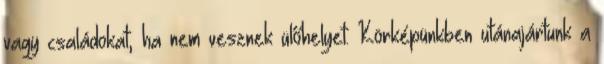
vagy családokat, ha nem vesznek ülőhelyet. Körképünkben utánajártunk a